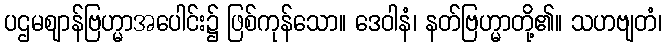
ပဌမဈာန်ဗြဟ္မာအပေါင်း၌ ဖြစ်ကုန်သော။ ဒေဝါနံ၊ နတ်ဗြဟ္မာတို့၏။ သဟဗျတံ၊